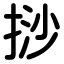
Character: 挱